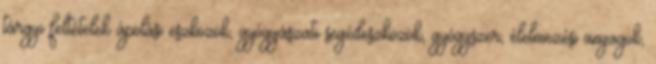
tárgyi feltételek ápolási eszközök, gyógyászati segédeszközök, gyógyszer, élelmezési anyagok,